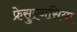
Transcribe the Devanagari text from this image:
फ्रेसुएनसिया